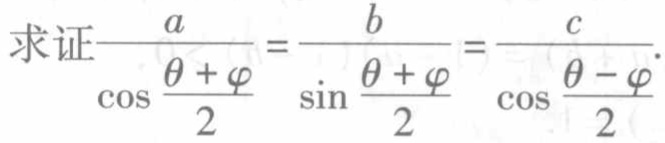
求证\(\frac{a}{\cos\frac{\theta + \varphi}{2}} = \frac{b}{\sin\frac{\theta + \varphi}{2}} = \frac{c}{\cos\frac{\theta - \varphi}{2}}\)